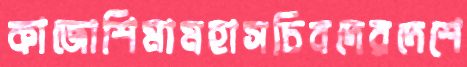
কাজোশিমামহাসচিবদেরদেশে